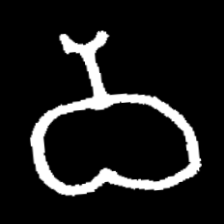
Pyu character \u2014 Myanmar letter: ဝ (romanized: wa)